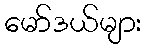
မော်ဒယ်များ